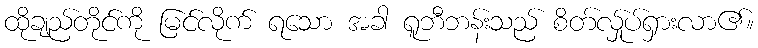
ထိုချည်တိုင်ကို မြင်လိုက် ရသော အခါ ရူဘီဘန်းသည် စိတ်လ်ှုပ်ရှားလာ၏။